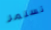
تستمر